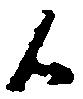
候